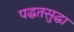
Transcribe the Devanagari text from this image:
पद्धतसुद्धा